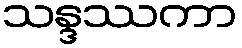
သန္ဒဿကာ